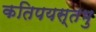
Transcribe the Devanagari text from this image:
कतिपयस्तभु